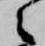
々